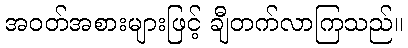
အဝတ်အစားများဖြင့် ချီတက်လာကြသည်။